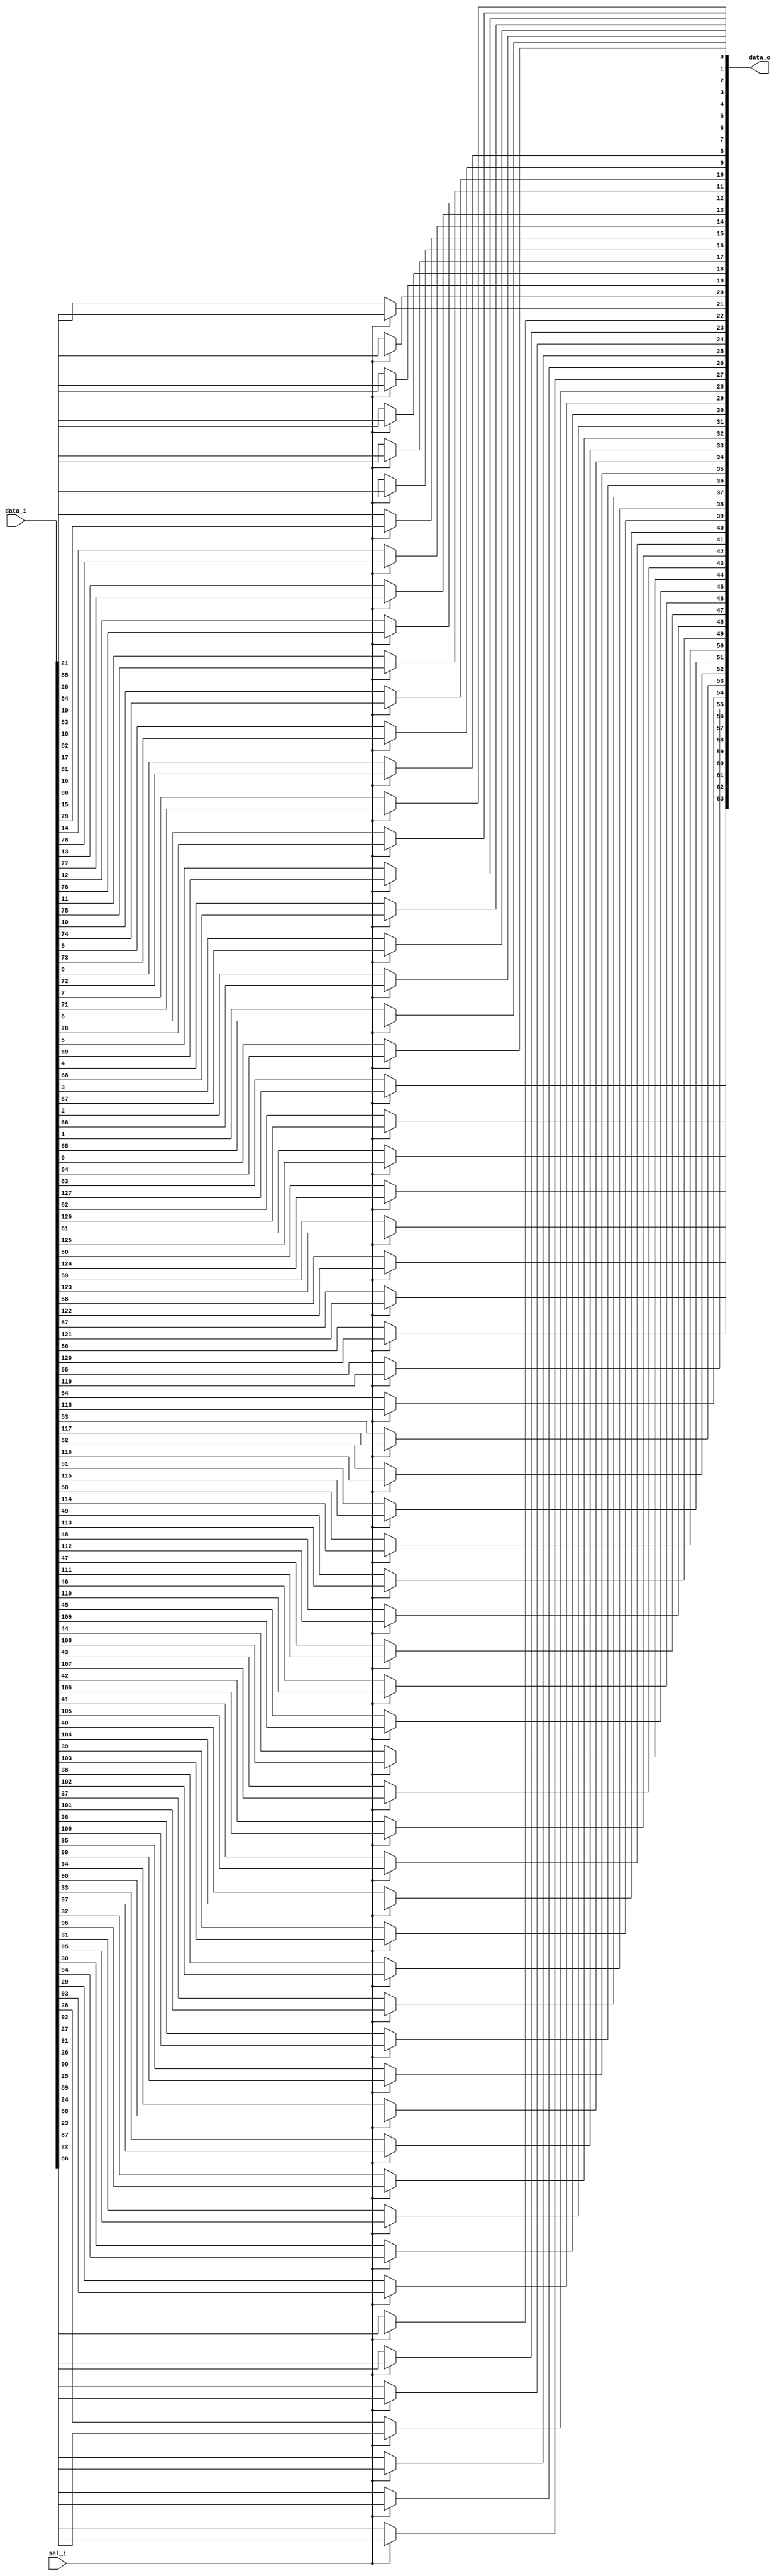
// This program was cloned from: https://github.com/NYU-MLDA/OpenABC
// License: BSD 3-Clause "New" or "Revised" License

module bsg_mux_width_p64_els_p2
(
  data_i,
  sel_i,
  data_o
);

  input [127:0] data_i;
  input [0:0] sel_i;
  output [63:0] data_o;
  wire [63:0] data_o;
  wire N0,N1;
  assign data_o[63] = (N1)? data_i[63] : 
                      (N0)? data_i[127] : 1'b0;
  assign N0 = sel_i[0];
  assign data_o[62] = (N1)? data_i[62] : 
                      (N0)? data_i[126] : 1'b0;
  assign data_o[61] = (N1)? data_i[61] : 
                      (N0)? data_i[125] : 1'b0;
  assign data_o[60] = (N1)? data_i[60] : 
                      (N0)? data_i[124] : 1'b0;
  assign data_o[59] = (N1)? data_i[59] : 
                      (N0)? data_i[123] : 1'b0;
  assign data_o[58] = (N1)? data_i[58] : 
                      (N0)? data_i[122] : 1'b0;
  assign data_o[57] = (N1)? data_i[57] : 
                      (N0)? data_i[121] : 1'b0;
  assign data_o[56] = (N1)? data_i[56] : 
                      (N0)? data_i[120] : 1'b0;
  assign data_o[55] = (N1)? data_i[55] : 
                      (N0)? data_i[119] : 1'b0;
  assign data_o[54] = (N1)? data_i[54] : 
                      (N0)? data_i[118] : 1'b0;
  assign data_o[53] = (N1)? data_i[53] : 
                      (N0)? data_i[117] : 1'b0;
  assign data_o[52] = (N1)? data_i[52] : 
                      (N0)? data_i[116] : 1'b0;
  assign data_o[51] = (N1)? data_i[51] : 
                      (N0)? data_i[115] : 1'b0;
  assign data_o[50] = (N1)? data_i[50] : 
                      (N0)? data_i[114] : 1'b0;
  assign data_o[49] = (N1)? data_i[49] : 
                      (N0)? data_i[113] : 1'b0;
  assign data_o[48] = (N1)? data_i[48] : 
                      (N0)? data_i[112] : 1'b0;
  assign data_o[47] = (N1)? data_i[47] : 
                      (N0)? data_i[111] : 1'b0;
  assign data_o[46] = (N1)? data_i[46] : 
                      (N0)? data_i[110] : 1'b0;
  assign data_o[45] = (N1)? data_i[45] : 
                      (N0)? data_i[109] : 1'b0;
  assign data_o[44] = (N1)? data_i[44] : 
                      (N0)? data_i[108] : 1'b0;
  assign data_o[43] = (N1)? data_i[43] : 
                      (N0)? data_i[107] : 1'b0;
  assign data_o[42] = (N1)? data_i[42] : 
                      (N0)? data_i[106] : 1'b0;
  assign data_o[41] = (N1)? data_i[41] : 
                      (N0)? data_i[105] : 1'b0;
  assign data_o[40] = (N1)? data_i[40] : 
                      (N0)? data_i[104] : 1'b0;
  assign data_o[39] = (N1)? data_i[39] : 
                      (N0)? data_i[103] : 1'b0;
  assign data_o[38] = (N1)? data_i[38] : 
                      (N0)? data_i[102] : 1'b0;
  assign data_o[37] = (N1)? data_i[37] : 
                      (N0)? data_i[101] : 1'b0;
  assign data_o[36] = (N1)? data_i[36] : 
                      (N0)? data_i[100] : 1'b0;
  assign data_o[35] = (N1)? data_i[35] : 
                      (N0)? data_i[99] : 1'b0;
  assign data_o[34] = (N1)? data_i[34] : 
                      (N0)? data_i[98] : 1'b0;
  assign data_o[33] = (N1)? data_i[33] : 
                      (N0)? data_i[97] : 1'b0;
  assign data_o[32] = (N1)? data_i[32] : 
                      (N0)? data_i[96] : 1'b0;
  assign data_o[31] = (N1)? data_i[31] : 
                      (N0)? data_i[95] : 1'b0;
  assign data_o[30] = (N1)? data_i[30] : 
                      (N0)? data_i[94] : 1'b0;
  assign data_o[29] = (N1)? data_i[29] : 
                      (N0)? data_i[93] : 1'b0;
  assign data_o[28] = (N1)? data_i[28] : 
                      (N0)? data_i[92] : 1'b0;
  assign data_o[27] = (N1)? data_i[27] : 
                      (N0)? data_i[91] : 1'b0;
  assign data_o[26] = (N1)? data_i[26] : 
                      (N0)? data_i[90] : 1'b0;
  assign data_o[25] = (N1)? data_i[25] : 
                      (N0)? data_i[89] : 1'b0;
  assign data_o[24] = (N1)? data_i[24] : 
                      (N0)? data_i[88] : 1'b0;
  assign data_o[23] = (N1)? data_i[23] : 
                      (N0)? data_i[87] : 1'b0;
  assign data_o[22] = (N1)? data_i[22] : 
                      (N0)? data_i[86] : 1'b0;
  assign data_o[21] = (N1)? data_i[21] : 
                      (N0)? data_i[85] : 1'b0;
  assign data_o[20] = (N1)? data_i[20] : 
                      (N0)? data_i[84] : 1'b0;
  assign data_o[19] = (N1)? data_i[19] : 
                      (N0)? data_i[83] : 1'b0;
  assign data_o[18] = (N1)? data_i[18] : 
                      (N0)? data_i[82] : 1'b0;
  assign data_o[17] = (N1)? data_i[17] : 
                      (N0)? data_i[81] : 1'b0;
  assign data_o[16] = (N1)? data_i[16] : 
                      (N0)? data_i[80] : 1'b0;
  assign data_o[15] = (N1)? data_i[15] : 
                      (N0)? data_i[79] : 1'b0;
  assign data_o[14] = (N1)? data_i[14] : 
                      (N0)? data_i[78] : 1'b0;
  assign data_o[13] = (N1)? data_i[13] : 
                      (N0)? data_i[77] : 1'b0;
  assign data_o[12] = (N1)? data_i[12] : 
                      (N0)? data_i[76] : 1'b0;
  assign data_o[11] = (N1)? data_i[11] : 
                      (N0)? data_i[75] : 1'b0;
  assign data_o[10] = (N1)? data_i[10] : 
                      (N0)? data_i[74] : 1'b0;
  assign data_o[9] = (N1)? data_i[9] : 
                     (N0)? data_i[73] : 1'b0;
  assign data_o[8] = (N1)? data_i[8] : 
                     (N0)? data_i[72] : 1'b0;
  assign data_o[7] = (N1)? data_i[7] : 
                     (N0)? data_i[71] : 1'b0;
  assign data_o[6] = (N1)? data_i[6] : 
                     (N0)? data_i[70] : 1'b0;
  assign data_o[5] = (N1)? data_i[5] : 
                     (N0)? data_i[69] : 1'b0;
  assign data_o[4] = (N1)? data_i[4] : 
                     (N0)? data_i[68] : 1'b0;
  assign data_o[3] = (N1)? data_i[3] : 
                     (N0)? data_i[67] : 1'b0;
  assign data_o[2] = (N1)? data_i[2] : 
                     (N0)? data_i[66] : 1'b0;
  assign data_o[1] = (N1)? data_i[1] : 
                     (N0)? data_i[65] : 1'b0;
  assign data_o[0] = (N1)? data_i[0] : 
                     (N0)? data_i[64] : 1'b0;
  assign N1 = ~sel_i[0];

endmodule